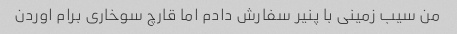
من سیب زمینی با پنیر سفارش دادم اما قارچ سوخاری برام اوردن